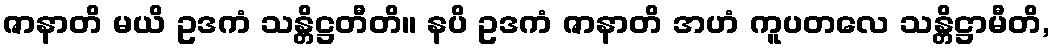
ဇာနာတိ မယိ ဥဒကံ သန္တိဋ္ဌတီတိ။ နပိ ဥဒကံ ဇာနာတိ အဟံ ကူပတလေ သန္တိဋ္ဌာမီတိ,